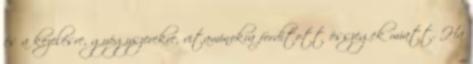
és a kezelésre, gyógyszerekre, vitaminokra fordított összegek miatt. Ha